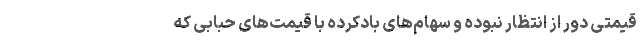
قیمتی دور از انتظار نبوده و سهام‌های بادکرده با قیمت‌های حبابی که